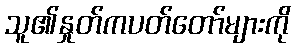
သူ၏နှုတ်ကပတ်တော်များကို